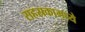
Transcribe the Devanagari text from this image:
सहस्रकामध्ये